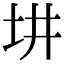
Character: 㘫